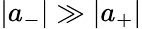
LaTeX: |a_{-}|\gg|a_{+}|